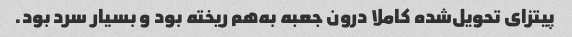
پیتزای تحویل‌شده کاملا درون جعبه به‌هم ریخته بود و بسیار سرد بود.